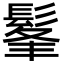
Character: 髼